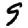
Digit: 9